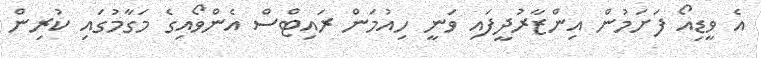
އެ ވީޑިއޯ ފަށަމުން އިންޒާރުދީފައި ވަނީ ހިއުމަން ރައިޓްސް އެންވޯއިގެ މަގާމުގައި ކުރިން